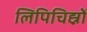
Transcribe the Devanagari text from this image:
लिपिचिह्नों